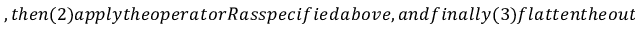
, t h e n ( 2 ) a p p l y t h e o p e r a t o r R a s s p e c i f i e d a b o v e , a n d f i n a l l y ( 3 ) f l a t t e n t h e o u t p u t v e c t o r t o g o b a c k t o t h e o r i g i n a l